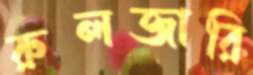
রুলজারি